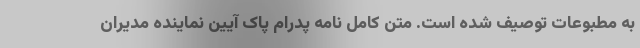
به مطبوعات توصیف شده است. متن کامل نامه پدرام پاک آیین نماینده مدیران